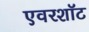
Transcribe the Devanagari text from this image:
एवरशॉट